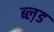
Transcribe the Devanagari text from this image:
ब्ल़ड